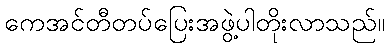
ကေအင်တီတပ်ပြေးအဖွဲ့ပါတိုးလာသည်။